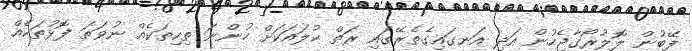
ފޭބުން ލޮލުރޯގާޖެހުން އަދި އަނގައިގެތެރޭގައި ރަތް ކުލައަކަށް ހުންނަ ތިކިތަކެއް ނުވަތަ ފޮޅުތަކެއް